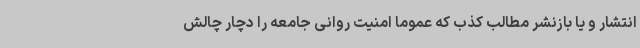
انتشار و یا بازنشر مطالب کذب که عموماً امنیت روانی جامعه را دچار چالش